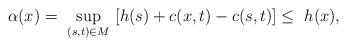
\begin{align*}\alpha(x)=\ \sup_{(s,t)\in M}\ [h(s)+c(x,t)-c(s,t)] \leq\ h(x),\end{align*}